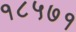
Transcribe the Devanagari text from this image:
१८५७१